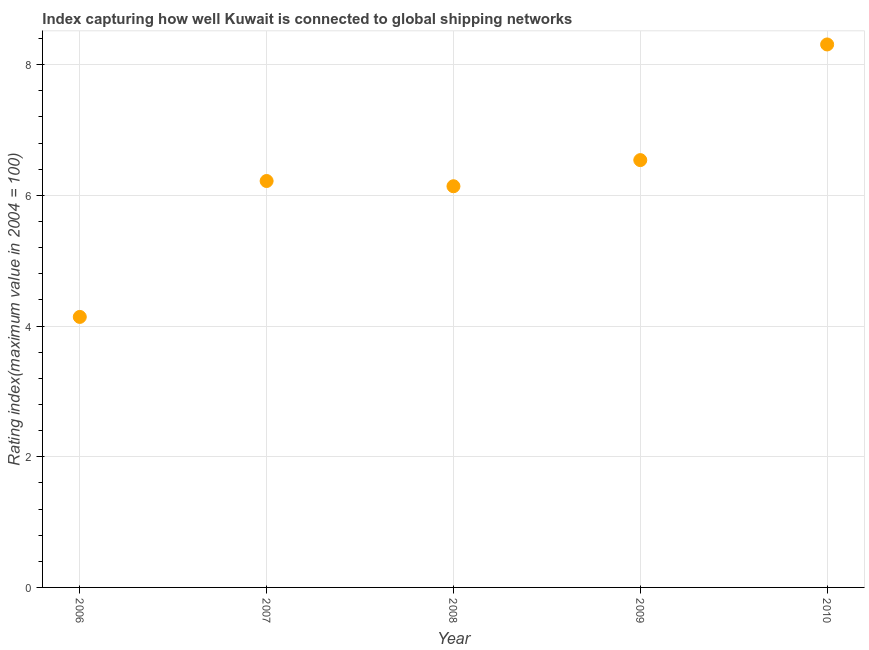
| Year | Liner shipping connectivity index  |
 | --- | --- |
 | 2006 | 4.14 |
 | 2007 | 6.22 |
 | 2008 | 6.14 |
 | 2009 | 6.54 |
 | 2010 | 8.31 |